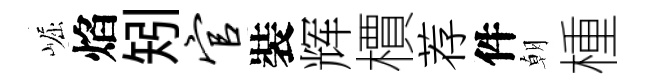
崛焰矧官裝辉檟荐件朝㮔